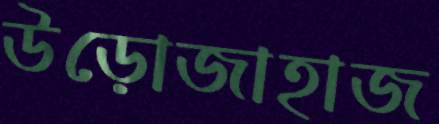
উড়োজাহাজ